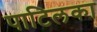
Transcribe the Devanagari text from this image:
पाटिलका